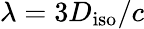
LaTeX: \lambda=3D_{\mathrm{iso}}/c